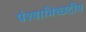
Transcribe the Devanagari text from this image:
पेश्याभिच्छदीय